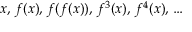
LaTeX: x , \, f ( x ) , \, f ( f ( x ) ) , \, f ^ { 3 } ( x ) , \, f ^ { 4 } ( x ) , \, \ldots